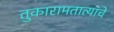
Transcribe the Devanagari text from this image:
तुकारामतात्यांचे